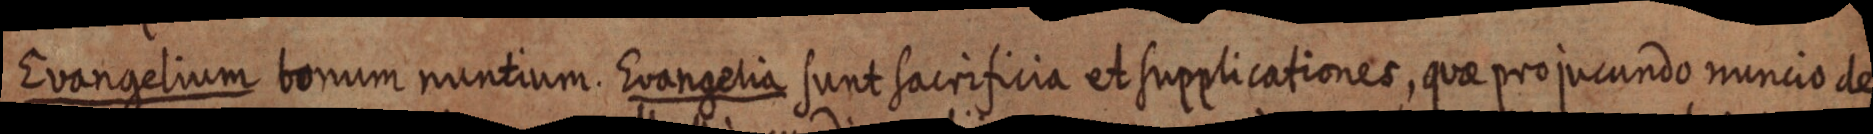
Evangelium bonum nuntium. Evangelia sunt sacrificia et supplicationes, quae pro jucundo nuncio de